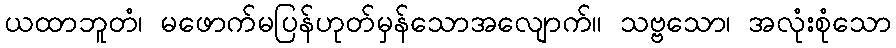
ယထာဘူတံ၊ မဖောက်မပြန်ဟုတ်မှန်သောအလျောက်။ သဗ္ဗသော၊ အလုံးစုံသော